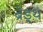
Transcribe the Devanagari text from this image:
ब्रेड्थ